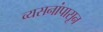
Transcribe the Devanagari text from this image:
व्यसनांपासून